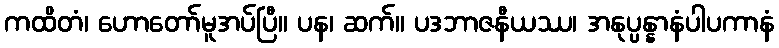
ကထိတံ၊ ဟောတော်မူအပ်ပြီ။ ပန၊ ဆက်။ ပဒဘာဇနီယဿ၊ အနုပ္ပန္နာနံပါပကာနံ